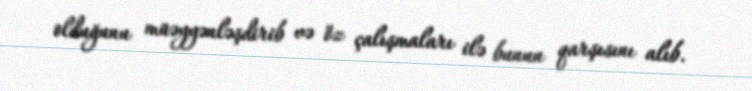
olduğunu müəyyənləşdirib və öz çalışmaları ilə bunun qarşısını alıb.